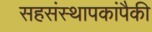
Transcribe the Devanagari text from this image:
सहसंस्थापकांपैकी